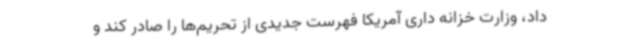
داد، وزارت خزانه داری آمریکا فهرست جدیدی از تحریم‌ها را صادر کند و